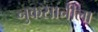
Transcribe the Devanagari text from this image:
नुकसानीला